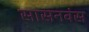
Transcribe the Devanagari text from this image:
सासनवंस